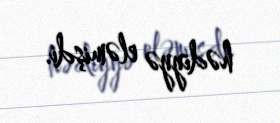
hədiyyə eləmişdi.